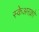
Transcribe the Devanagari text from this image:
स्केअरक्रो